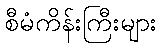
စီမံကိန်းကြီးများ